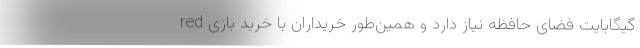
گیگابایت فضای حافظه نیاز دارد و همین‌طور خریداران با خرید بازی red